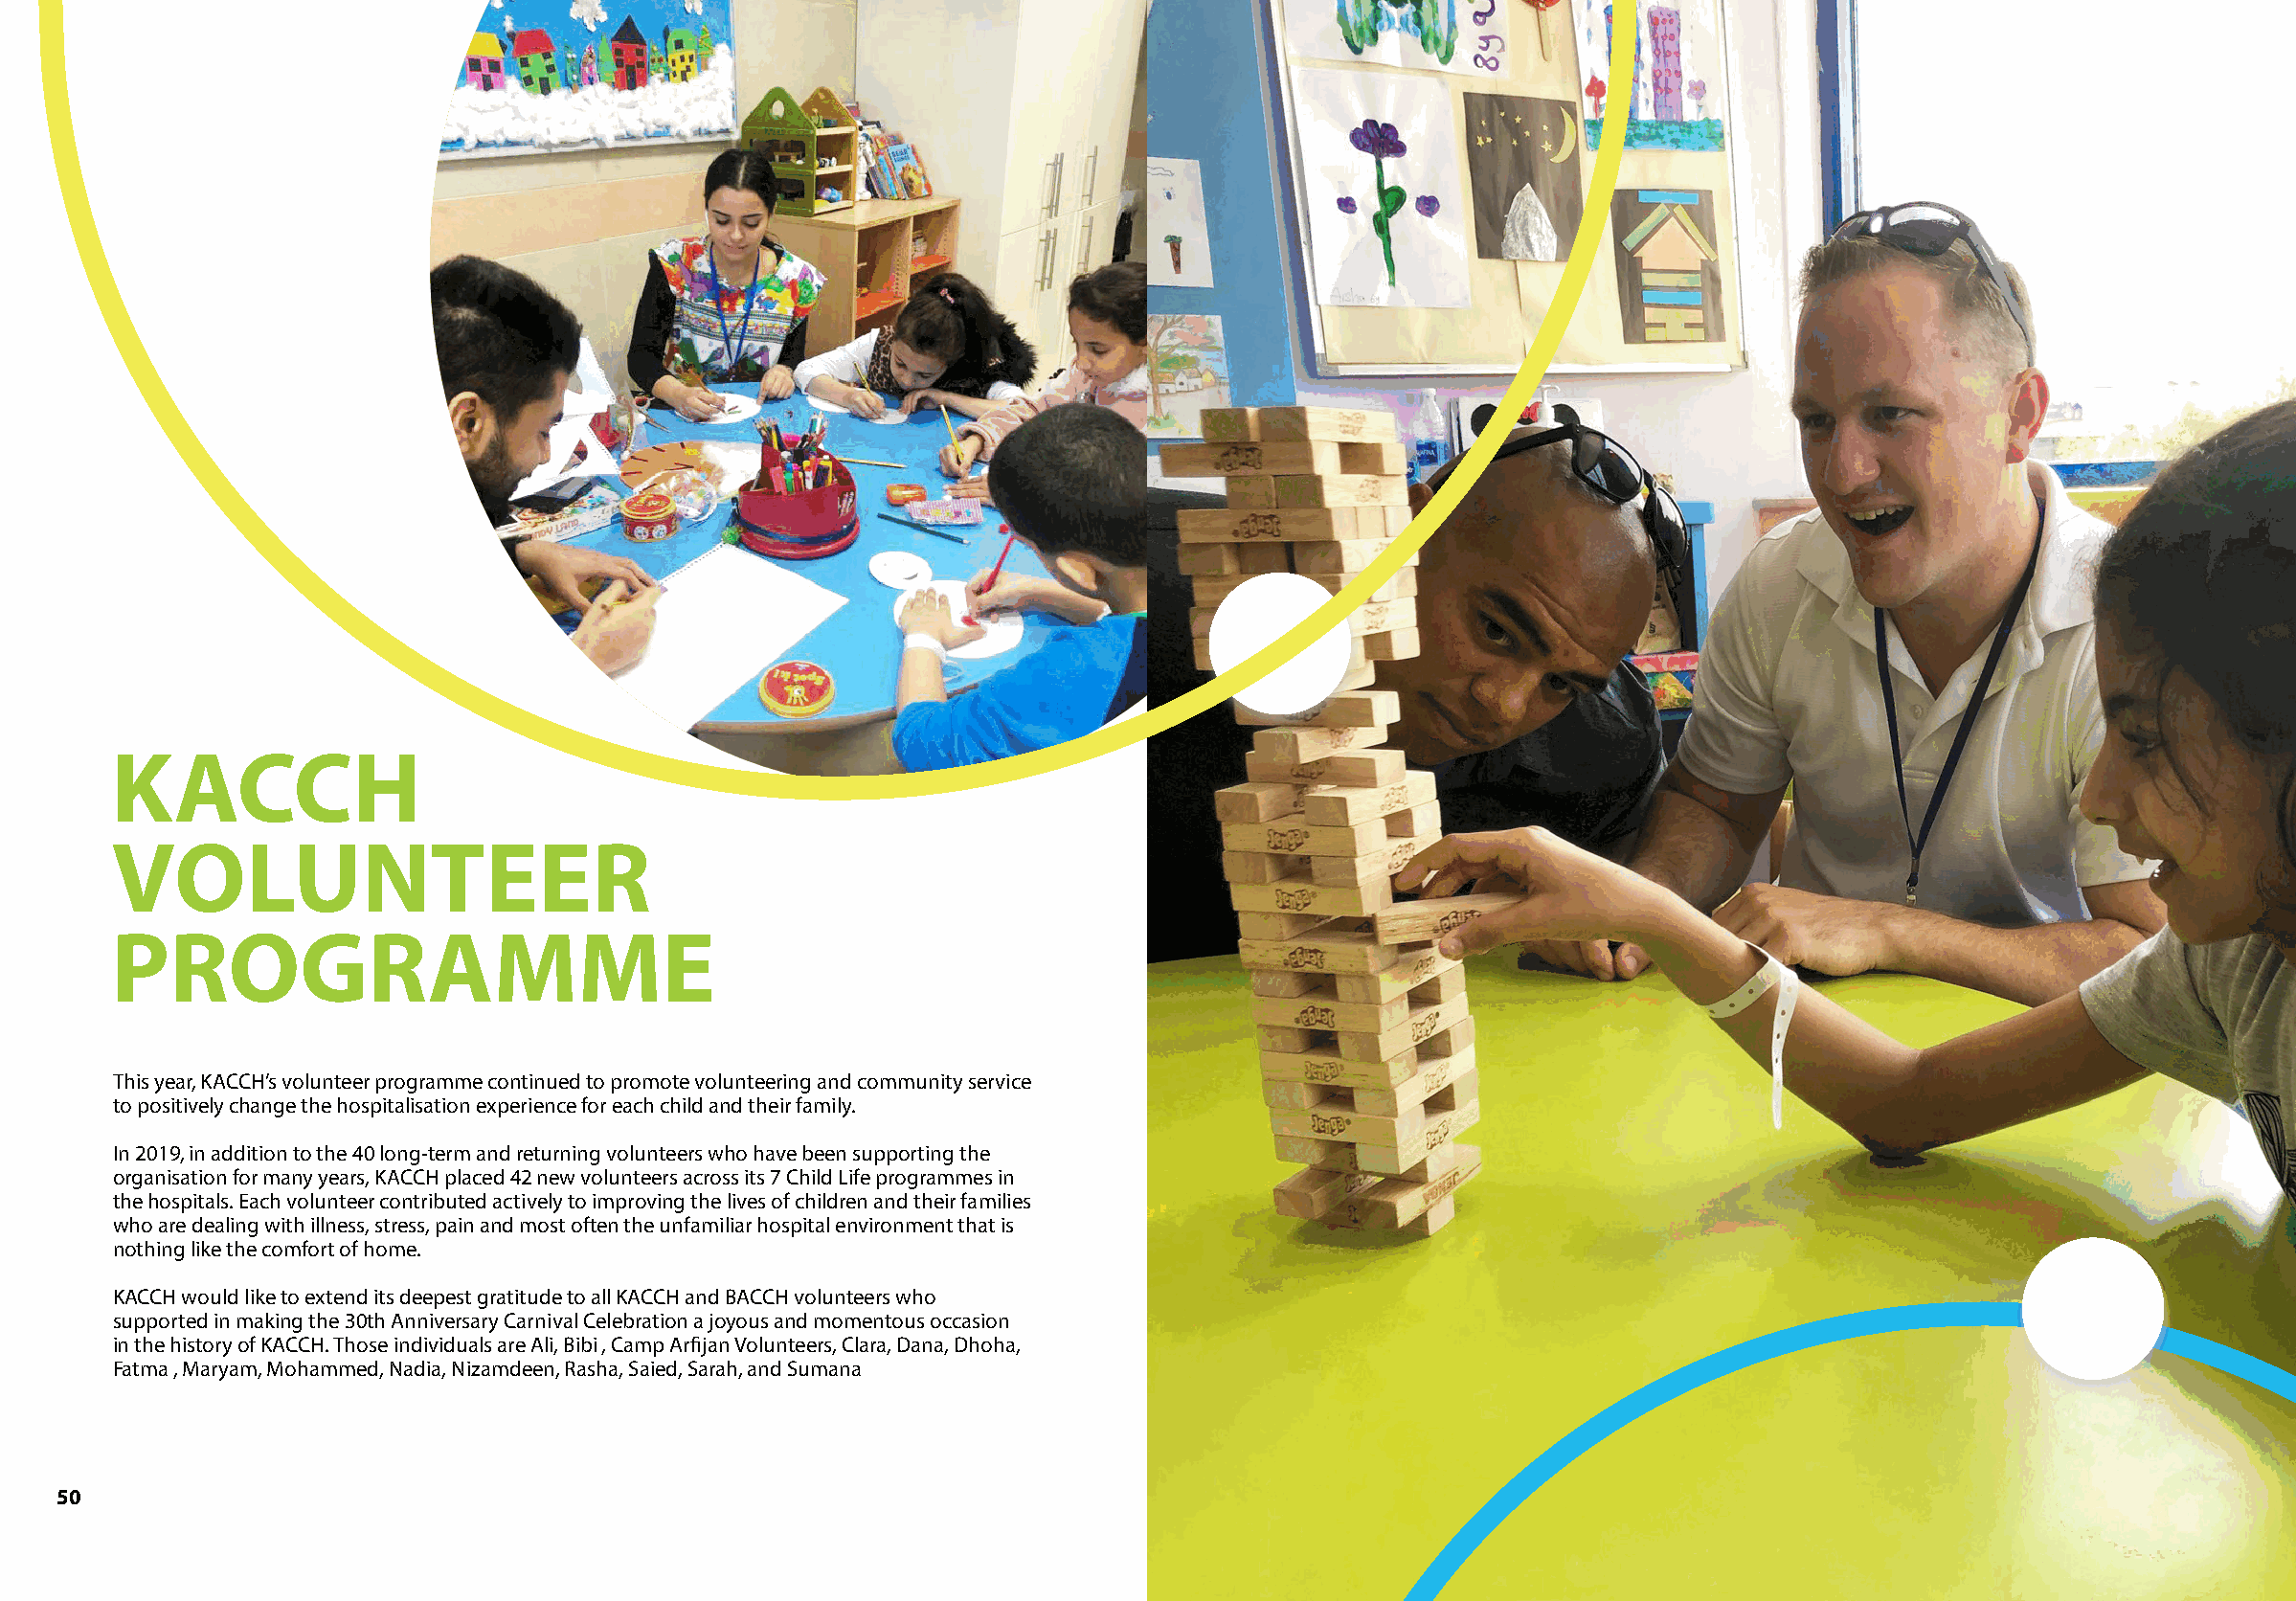
KACCH
 VOLUNTEER
 PROGRAMME
 This year, KACCH’s volunteer programme continued to promote volunteering and community service
 to positively change the hospitalisation experience for each child and their family.
 In 2019, in addition to the 40 long-term and returning volunteers who have been supporting the
 organisation for many years, KACCH placed 42 new volunteers across its 7 Child Life programmes in
 the hospitals. Each volunteer contributed actively to improving the lives of children and their families
 who are dealing with illness, stress, pain and most often the unfamiliar hospital environment that is
 nothing like the comfort of home.
 KACCH would like to extend its deepest gratitude to all KACCH and BACCH volunteers who
 supported in making the 30th Anniversary Carnival Celebration a joyous and momentous occasion
 in the history of KACCH. Those individuals are Ali, Bibi , Camp Arfijan Volunteers, Clara, Dana, Dhoha,
 Fatma , Maryam, Mohammed, Nadia, Nizamdeen, Rasha, Saied, Sarah, and Sumana
 50